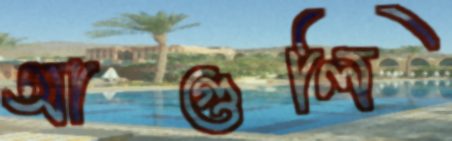
আগুলি